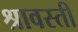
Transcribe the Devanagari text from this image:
श्रावस्‍ती